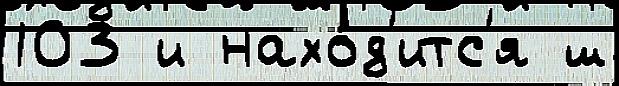
103 и нахо́д'итс'я ш